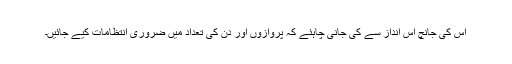
اس کی جانچ اس انداز سے کی جانی چاہئے کہ پروازوں اور دن کی تعداد میں ضروری انتظامات کیے جائیں۔